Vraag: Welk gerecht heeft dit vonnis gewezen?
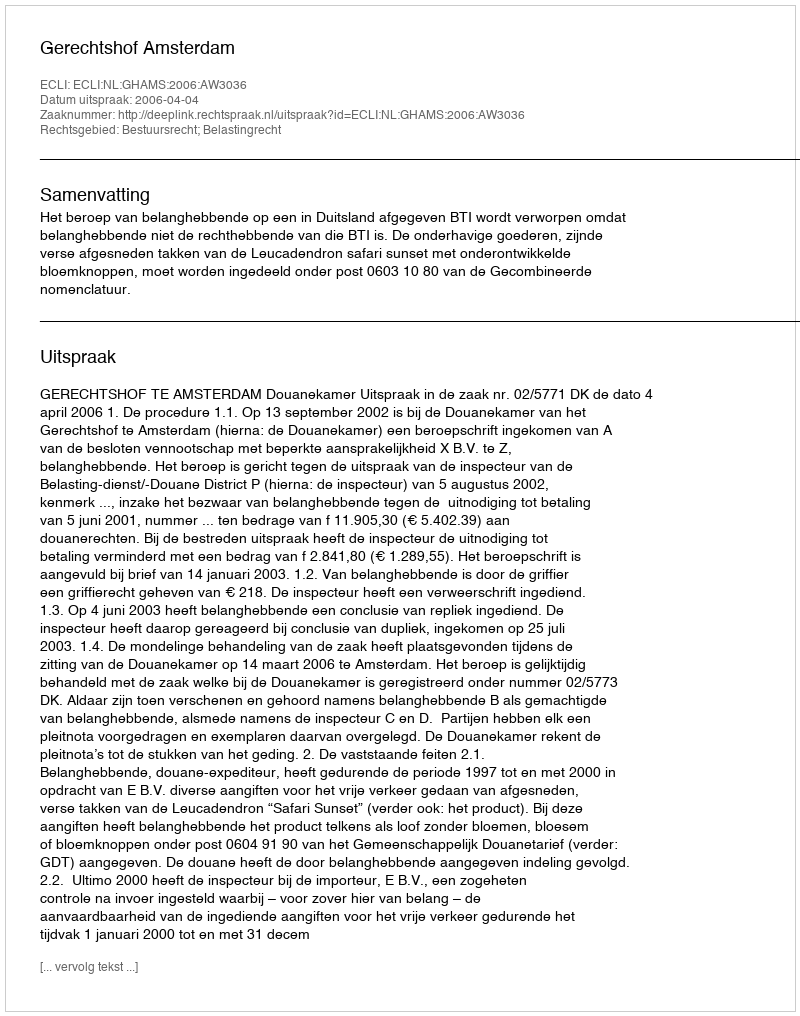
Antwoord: Gerechtshof Amsterdam